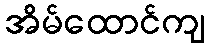
အိမ်ထောင်ကျ